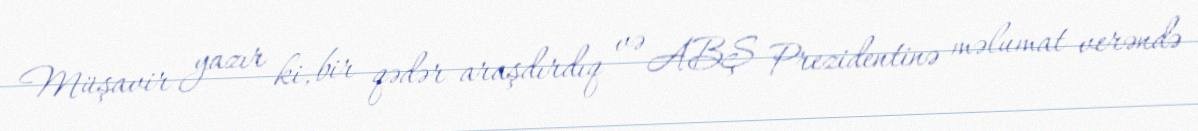
Müşavir yazır ki, bir qədər araşdırdıq və ABŞ Prezidentinə məlumat verəndə